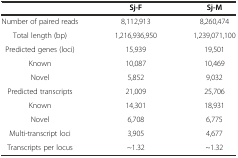
|  | Sj-F | Sj-M |
 | --- | --- | --- |
 | Number of paired reads | 8,112,913 | 8,260,474 |
 | Total length (bp) | 1,216,936,950 | 1,239,071,100 |
 | Predicted genes (loci) | 15,939 | 19,501 |
 | Known | 10,087 | 10,469 |
 | Novel | 5,852 | 9,032 |
 | Predicted transcripts | 21,009 | 25,706 |
 | Known | 14,301 | 18,931 |
 | Novel | 6,708 | 6,775 |
 | Multi-transcript loci | 3,905 | 4,677 |
 | Transcripts per locus | ~1.32 | ~1.32 |